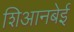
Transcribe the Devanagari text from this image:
शिआनबेई